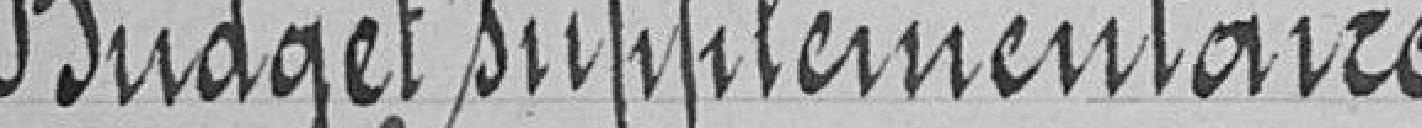
budget supplémentaire